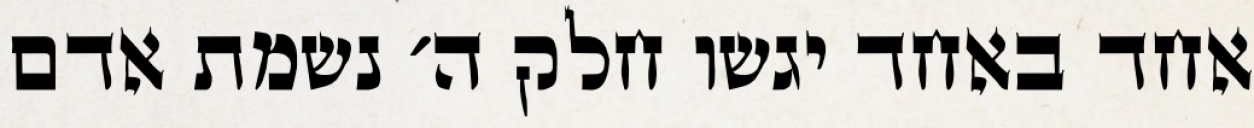
אחד באחד יגשו חלק ה׳ נשמת אדם